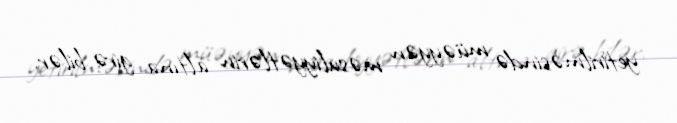
yetirilməsində müəyyən məsuliyyətlərin altına girə bilər.